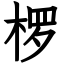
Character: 椤